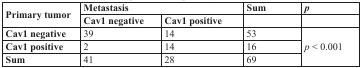
<table><thead><tr><td rowspan="2"><b>Primary tumor</b></td><td colspan="2"><b>Metastasis</b></td><td><b>Sum</b></td><td><b><i>p</i></b></td></tr><tr><td><b>Cav1 negative</b></td><td><b>Cav1 positive</b></td><td></td><td></td></tr></thead><tbody><tr><td><b>Cav1 negative</b></td><td>39</td><td>14</td><td>53</td><td rowspan="3"><i>p</i> &lt; 0.001</td></tr><tr><td><b>Cav1 positive</b></td><td>2</td><td>14</td><td>16</td></tr><tr><td><b>Sum</b></td><td>41</td><td>28</td><td>69</td></tr></tbody></table>